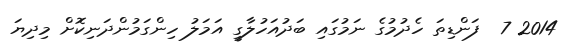
2014 7  ފަންޑިތަ ހެދުމުގެ ނަމުގައި ބަދުއަހުލާގީ އަމަލު ހިންގަމުންދަނިކޮށް މިދިޔަ